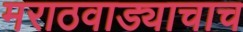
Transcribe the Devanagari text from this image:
मराठवाड्याचाच